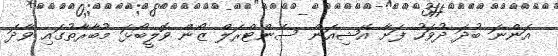
އަންނަ ބުދަ ދުވަހު ފަށާ އޭޝިއަން ސެންޓްރަލް ޒޯން ވޮލީބޯޅަ މުބާރާތުގައި ވާދަ